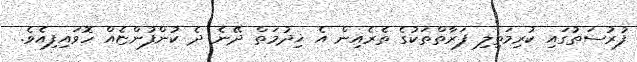
ފުރުސަތުގައި ކުރިމަތިލި ފަރާތްތަކުގެ ތެރެއިން އެ ޚިދުމަތް ދޭނެ ދެ ކުންފުންޏެއް ހޮވައިފިއެވެ.